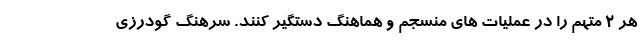
هر ۲ متهم را در عملیات های منسجم و هماهنگ دستگیر کنند. سرهنگ گودرزی